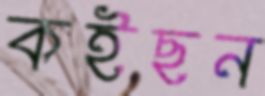
কইছন